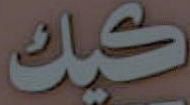
كيك